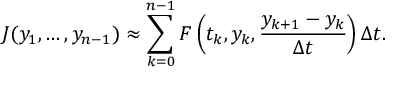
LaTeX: J ( y _ { 1 } , \ldots , y _ { n - 1 } ) \approx \sum _ { k = 0 } ^ { n - 1 } F \left( t _ { k } , y _ { k } , { \frac { y _ { k + 1 } - y _ { k } } { \Delta t } } \right) \Delta t .